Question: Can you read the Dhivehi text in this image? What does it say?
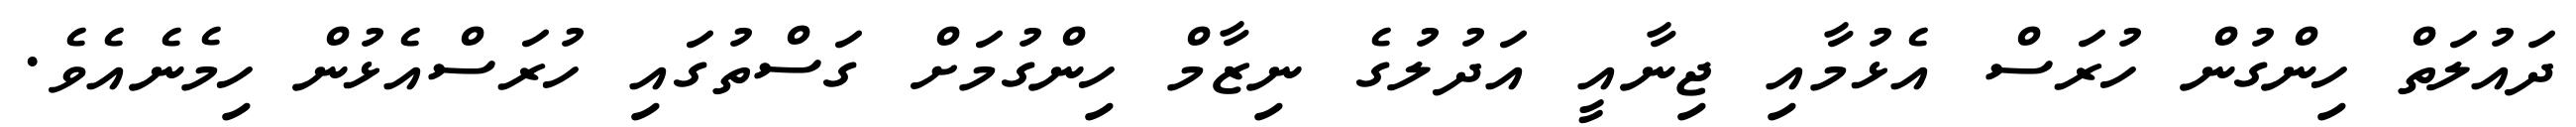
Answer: ދައުލަތް ހިންގުން ހުރަސް އެޅުމާއި ޖިނާއީ އަދުލުގެ ނިޒާމް ހިންގުމަށް ގަސްތުގައި ހުރަސްއެޅުން ހިމެނެއެވެ.